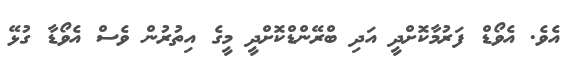
އެވެ. އެވޯޑް ފަރުމާކޮށްދީ އަދި ބްރޭންޑްކޮށްދީ މީގެ އިތުރުން ވެސް އެވޯޑާ ގުޅޭ